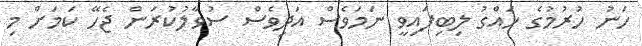
ހަނު ހުރުމުގެ ހައްގު ލިބިފައިވީ ނަމަވެސް އަދިވެސް ސުވާލުކުރަން ޖެހޭ ކަމަށް މި